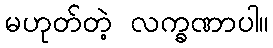
မဟုတ်တဲ့ လက္ခဏာပါ။